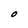
Character: O